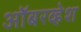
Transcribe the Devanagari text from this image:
ऑबरव्हेश